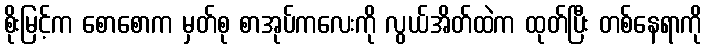
စိုးမြင့်က စောစောက မှတ်စု စာအုပ်ကလေးကို လွယ်အိတ်ထဲက ထုတ်ပြီး တစ်နေရာကို